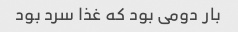
بار دومی بود که غذا سرد بود